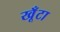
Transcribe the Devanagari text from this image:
खूँटा